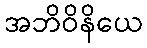
အဘိဝိနိယေ